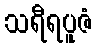
သရီရပူဇံ